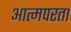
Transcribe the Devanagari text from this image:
आत्मपरता